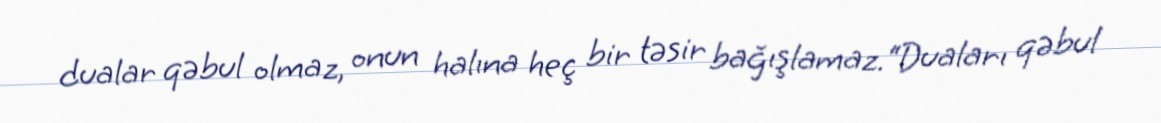
dualar qəbul olmaz, onun halına heç bir təsir bağışlamaz.“Duaları qəbul